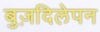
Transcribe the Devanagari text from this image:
बुज़दिलेपन